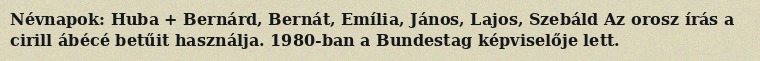
Névnapok: Huba + Bernárd, Bernát, Emília, János, Lajos, Szebáld Az orosz írás a cirill ábécé betűit használja. 1980-ban a Bundestag képviselője lett.